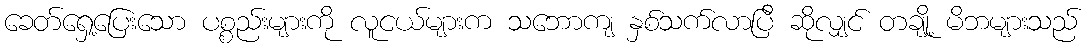
ခေတ်ရှေ့ပြေးသော ပစ္စည်းများကို လူငယ်များက သဘောကျ နှစ်သက်လာပြီ ဆိုလျှင် တချို့ မိဘများသည်